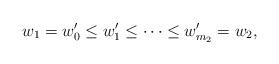
LaTeX: \begin{align*} w_1 = w'_0 \leq w'_1 \leq \cdots \leq w'_{m_2} = w_2, \end{align*}